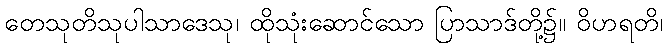
တေသုတိသုပါသာဒေသု၊ ထိုသုံးဆောင်သော ပြာသာဒ်တို့၌။ ဝိဟရတိ၊